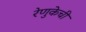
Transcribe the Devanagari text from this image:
रेणुकेची